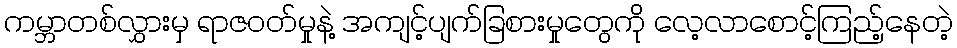
ကမ္ဘာတစ်လွှားမှ ရာဇဝတ်မှုနဲ့ အကျင့်ပျက်ခြစားမှုတွေကို လေ့လာစောင့်ကြည့်နေတဲ့